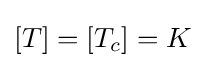
\left[T\right]=\left[T_{c}\right]=K